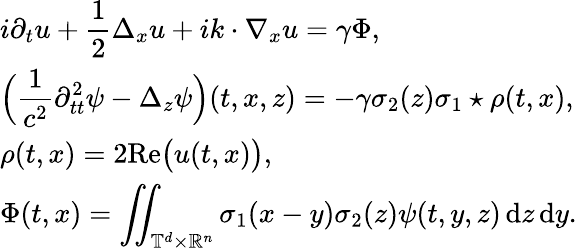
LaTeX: \begin{array}{l}{i\partial_{t}u+\displaystyle\frac{1}{2}\Delta_{x}u+ik\cdot\nabla_{x}u=\gamma\Phi,}\\ {\Big(\displaystyle\frac 1{c^{2}}\partial_{tt}^{2}\psi-\Delta_{z}\psi\Big)(t,x,z)=-\gamma\sigma_{2}(z)\sigma_{1}\star\rho(t,x),}\\ {\rho(t,x)=2\mathrm{Re}\big(u(t,x)\big),}\\ {\Phi(t,x)=\displaystyle\iint_{\mathbb T^{d}\times\mathbb R^{n}}\sigma_{1}(x-y)\sigma_{2}(z)\psi(t,y,z)\, {\mathrm{d}}z\, {\mathrm{d}}y.}\end{array}